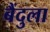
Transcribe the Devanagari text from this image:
बैंदुला